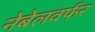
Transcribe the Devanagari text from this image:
नेबेलवर्फर